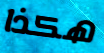
هكذا